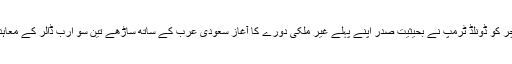
یاد رہے کہ سنیچر کو ڈونلڈ ٹرمپ نے بحیثیت صدر اپنے پہلے غیر ملکی دورے کا آغاز سعودی عرب کے ساتھ ساڑھے تین سو ارب ڈالر کے معاہدوں سے کیا ہے۔